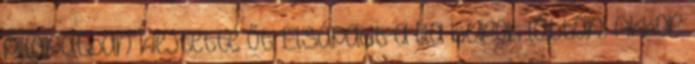
pillanatban kiejtette őt. Elsápadt a lila burok láttán. Akkor